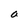
Character: a